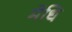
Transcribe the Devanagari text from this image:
मेधि